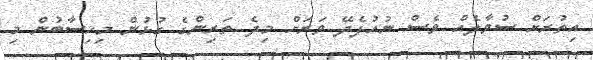
އިތުރަށް ސުވާލެއް ވެސް ނުއުފެދޭ ވަރަށް މިދެ ތަރިންގެ ގުޅުން މިހިސާބުން މި